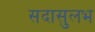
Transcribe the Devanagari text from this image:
सदासुलभ